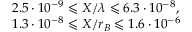
\begin{array} { l } { 2 . 5 \cdot 1 0 ^ { - 9 } \leqslant X / \lambda \leqslant 6 . 3 \cdot 1 0 ^ { - 8 } , } \\ { 1 . 3 \cdot 1 0 ^ { - 8 } \leqslant X / r _ { B } \leqslant 1 . 6 \cdot 1 0 ^ { - 6 } } \end{array}